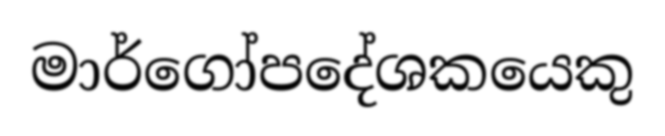
මාර්ගෝපදේශකයෙකු